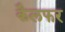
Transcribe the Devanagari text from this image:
कैलफर